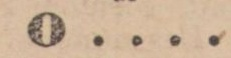
O ....